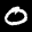
Label: 0